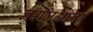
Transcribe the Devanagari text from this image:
लुइज़िआना